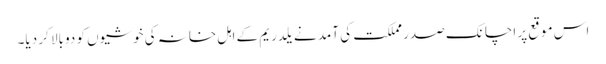
اس موقع پر اچانک صدر مملکت کی آمد نے یلدریم کے اہل خانہ کی خوشیوں کو دوبالا کر دیا۔